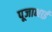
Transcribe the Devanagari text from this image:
पूजाभाई